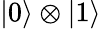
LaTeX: \left|0\right\rangle\otimes\left|1\right\rangle